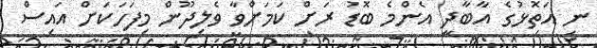
ނ އަތޮޅުގެ އާބާދީ އެންމެ ބޮޑު ރަށް ކަމަށްވާ ވެލިދޫން މިފަހަކަށް އައިސް